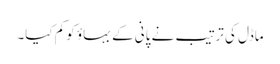
ماڈل کی ترتیب نے پانی کے بہاؤ کو کم کیا۔